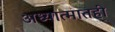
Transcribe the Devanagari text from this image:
अध्यात्मातही